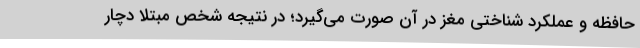
حافظه و عملکرد شناختی مغز در آن صورت می‌گیرد؛ در نتیجه شخص مبتلا دچار